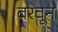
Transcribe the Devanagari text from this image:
बरवून